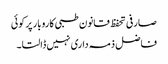
صارفی تحفظ قانون طبی کاروبار پر کوئی
فاضل ذمہ داری نہیں ڈالتا۔